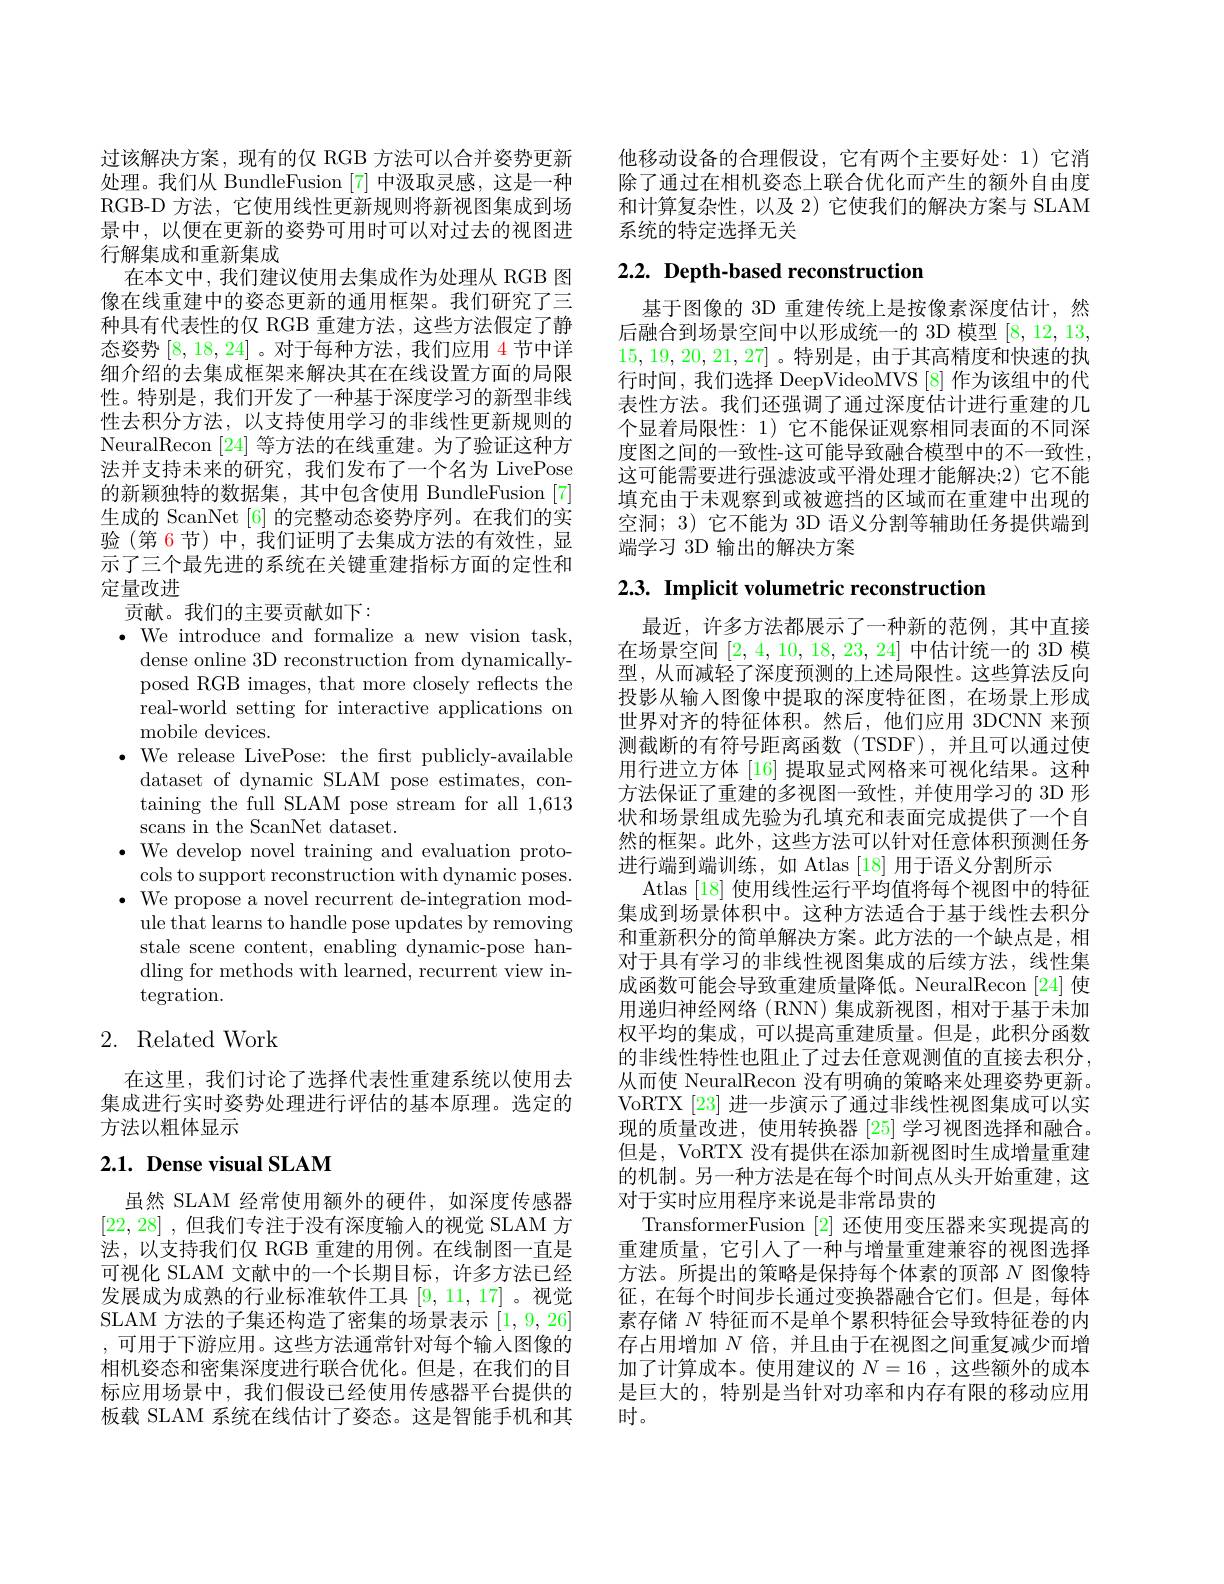
过该解决方案，现有的仅 RGB 方法可以合并姿势更新处理。我们从 BundleFusion [7] 中汲取灵感，这是一种RGB-D 方法，它使用线性更新规则将新视图集成到场景中，以便在更新的姿势可用时可以对过去的视图进行解集成和重新集成
在本文中，我们建议使用去集成作为处理从 RGB 图像在线重建中的姿态更新的通用框架。我们研究了三种具有代表性的仅 RGB 重建方法，这些方法假定了静态姿势[8,18,24] 。对于每种方法，我们应用 4节中详细介绍的去集成框架来解决其在在线设置方面的局限性。特别是，我们开发了一种基于深度学习的新型非线性去积分方法，以支持使用学习的非线性更新规则的NeuralRecon [24]等方法的在线重建。为了验证这种方法并支持未来的研究，我们发布了一个名为 LivePose 的新颖独特的数据集，其中包含使用 BundleFusion [7] 生成的 ScanNet [6] 的完整动态姿势序列。在我们的实验(第 6 节) 中，我们证明了去集成方法的有效性，显示了三个最先进的系统在关键重建指标方面的定性和定量改进
贡献。我们的主要贡献如下：
$\bullet$We introduce and formalize a new vision task,
dense online 3D reconstruction from dynamicallyposed RGB images, that more closely reflects the real-world setting for interactive applications on ${\mathrm{mobile~devices.}}$
$\bullet$ We release LivePose: the first publicly-available
dataset of dynamic SLAM pose estimates, containing the full SLAM pose stream for all 1,613 scans in the ScanNet dataset.
$\bullet$ We develop novel training and evaluation proto-
cols to support reconstruction with dynamic poses. $\bullet$ We propose a novel recurrent de-integration mod-
ule that learns to handle pose updates by removing stale scene content, enabling dynamic-pose handling for methods with learned, recurrent view in- $\operatorname{tegration}.$
2. Related Work

在这里，我们讨论了选择代表性重建系统以使用去集成进行实时姿势处理进行评估的基本原理。选定的方法以粗体显示

## $2. 1. \textbf{Dense visual SLAM}$

虽然 SLAM 经常使用额外的硬件，如深度传感器[22,28] ,但我们专注于没有深度输入的视觉 SLAM 方法，以支持我们仅 RGB 重建的用例。在线制图一直是可视化 SLAM 文献中的一个长期目标，许多方法已经发展成为成熟的行业标准软件工具[9,11,17] 。视觉SLAM 方法的子集还构造了密集的场景表示[1,9,26] ,可用于下游应用。这些方法通常针对每个输入图像的相机姿态和密集深度进行联合优化。但是，在我们的目标应用场景中，我们假设已经使用传感器平台提供的板载 SLAM 系统在线估计了姿态。这是智能手机和其

他移动设备的合理假设，它有两个主要好处：1)它消除了通过在相机姿态上联合优化而产生的额外自由度和计算复杂性，以及 2) 它使我们的解决方案与 SLAM 系统的特定选择无关

## $2. 2. \textbf{Depth- based reconstruction}$

基于图像的 3D 重建传统上是按像素深度估计，然后融合到场景空间中以形成统一的 3D 模型[8,12,13, 15,19,20,21,27]。特别是，由于其高精度和快速的执行时间，我们选择 DeepVideoMVS[8]作为该组中的代表性方法。我们还强调了通过深度估计进行重建的几个显着局限性：1) 它不能保证观察相同表面的不同深度图之间的一致性-这可能导致融合模型中的不一致性， 这可能需要进行强滤波或平滑处理才能解决；2)它不能填充由于未观察到或被遮挡的区域而在重建中出现的空洞；3) 它不能为 3D 语义分割等辅助任务提供端到端学习 3D 输出的解决方案

$2. 3. \textbf{ Implicit volumetric reconstruction}$

最近，许多方法都展示了一种新的范例，其中直接在场景空间[2,4,10,18,23,24]中估计统一的 3D 模型，从而减轻了深度预测的上述局限性。这些算法反向投影从输入图像中提取的深度特征图，在场景上形成世界对齐的特征体积。然后，他们应用 3DCNN 来预测截断的有符号距离函数(TSDF),并且可以通过使用行进立方体 [16] 提取显式网格来可视化结果。这种方法保证了重建的多视图一致性，并使用学习的 3D 形状和场景组成先验为孔填充和表面完成提供了一个自然的框架。此外，这些方法可以针对任意体积预测任务进行端到端训练，如 Atlas [18] 用于语义分割所示
Atlas [18] 使用线性运行平均值将每个视图中的特征集成到场景体积中。这种方法适合于基于线性去积分和重新积分的简单解决方案。此方法的一个缺点是，相对于具有学习的非线性视图集成的后续方法，线性集成函数可能会导致重建质量降低。NeuralRecon [24] 使用递归神经网络 (RNN) 集成新视图，相对于基于未加权平均的集成，可以提高重建质量。但是，此积分函数的非线性特性也阻止了过去任意观测值的直接去积分， 从而使 NeuralRecon 没有明确的策略来处理姿势更新。VoRTX [23] 进一步演示了通过非线性视图集成可以实现的质量改进，使用转换器[25]学习视图选择和融合。但是，VoRTX 没有提供在添加新视图时生成增量重建的机制。另一种方法是在每个时间点从头开始重建，这对于实时应用程序来说是非常昂贵的
TransformerFusion [2]还使用变压器来实现提高的重建质量，它引人了一种与增量重建兼容的视图选择方法。所提出的策略是保持每个体素的顶部$N$图像特征，在每个时间步长通过变换器融合它们。但是，每体素存储$N$特征而不是单个累积特征会导致特征卷的内存占用增加$N$倍，并且由于在视图之间重复减少而增加了计算成本。使用建议的$N=16$,这些额外的成本是巨大的，特别是当针对功率和内存有限的移动应用时。